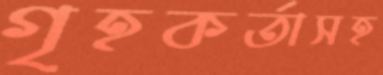
গৃহকর্তাসহ